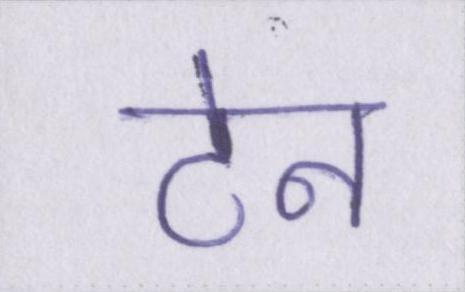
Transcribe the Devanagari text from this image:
टेन